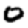
Digit: 0